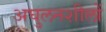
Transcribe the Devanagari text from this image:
अघुलनशीलों